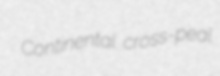
Continental cross-peal